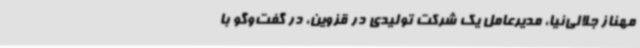
مهناز جلالی‌نیا، مدیرعامل یک شرکت تولیدی در قزوین، در گفت‌وگو با